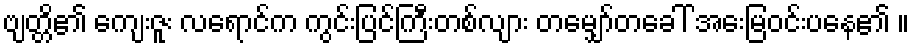
ဗျတ္တိ၏ ကျေးဇူး လရောင်က ကွင်းပြင်ကြီးတစ်လျား တမျှော်တခေါ် အေးမြဝင်းပနေ၏ ။